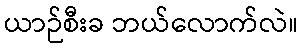
ယာဉ်စီးခ ဘယ်လောက်လဲ။